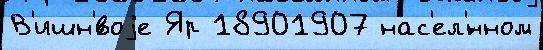
В'ишн'́воjе Яр 18901907 нас'ел'́нном